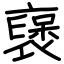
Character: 襃